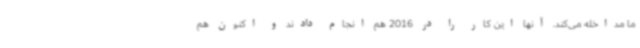
ما مداخله می‌کند. آنها این کار را در 2016 هم انجام دادند و اکنون هم